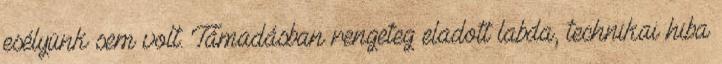
esélyünk sem volt. Támadásban rengeteg eladott labda, technikai hiba